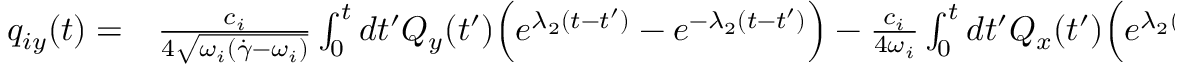
\begin{array} { r l } { q _ { i y } ( t ) = } & { { } \frac { c _ { i } } { 4 \sqrt { \omega _ { i } ( \dot { \gamma } - \omega _ { i } ) } } \int _ { 0 } ^ { t } d t ^ { \prime } Q _ { y } ( t ^ { \prime } ) \Bigl ( e ^ { \lambda _ { 2 } ( t - t ^ { \prime } ) } - e ^ { - \lambda _ { 2 } ( t - t ^ { \prime } ) } \Bigr ) - \frac { c _ { i } } { 4 \omega _ { i } } \int _ { 0 } ^ { t } d t ^ { \prime } Q _ { x } ( t ^ { \prime } ) \Bigl ( e ^ { \lambda _ { 2 } ( t - t ^ { \prime } ) } + e ^ { - \lambda _ { 2 } ( t - t ^ { \prime } ) } \Bigr ) } \end{array}